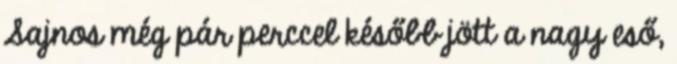
Sajnos még pár perccel később jött a nagy eső,